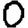
Digit: 0